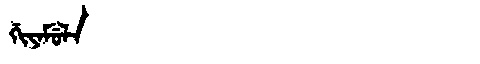
Manchu: ᡤᡳᠶᠠᠮᡠᠯᠠ
Romanization: GIYAMULA